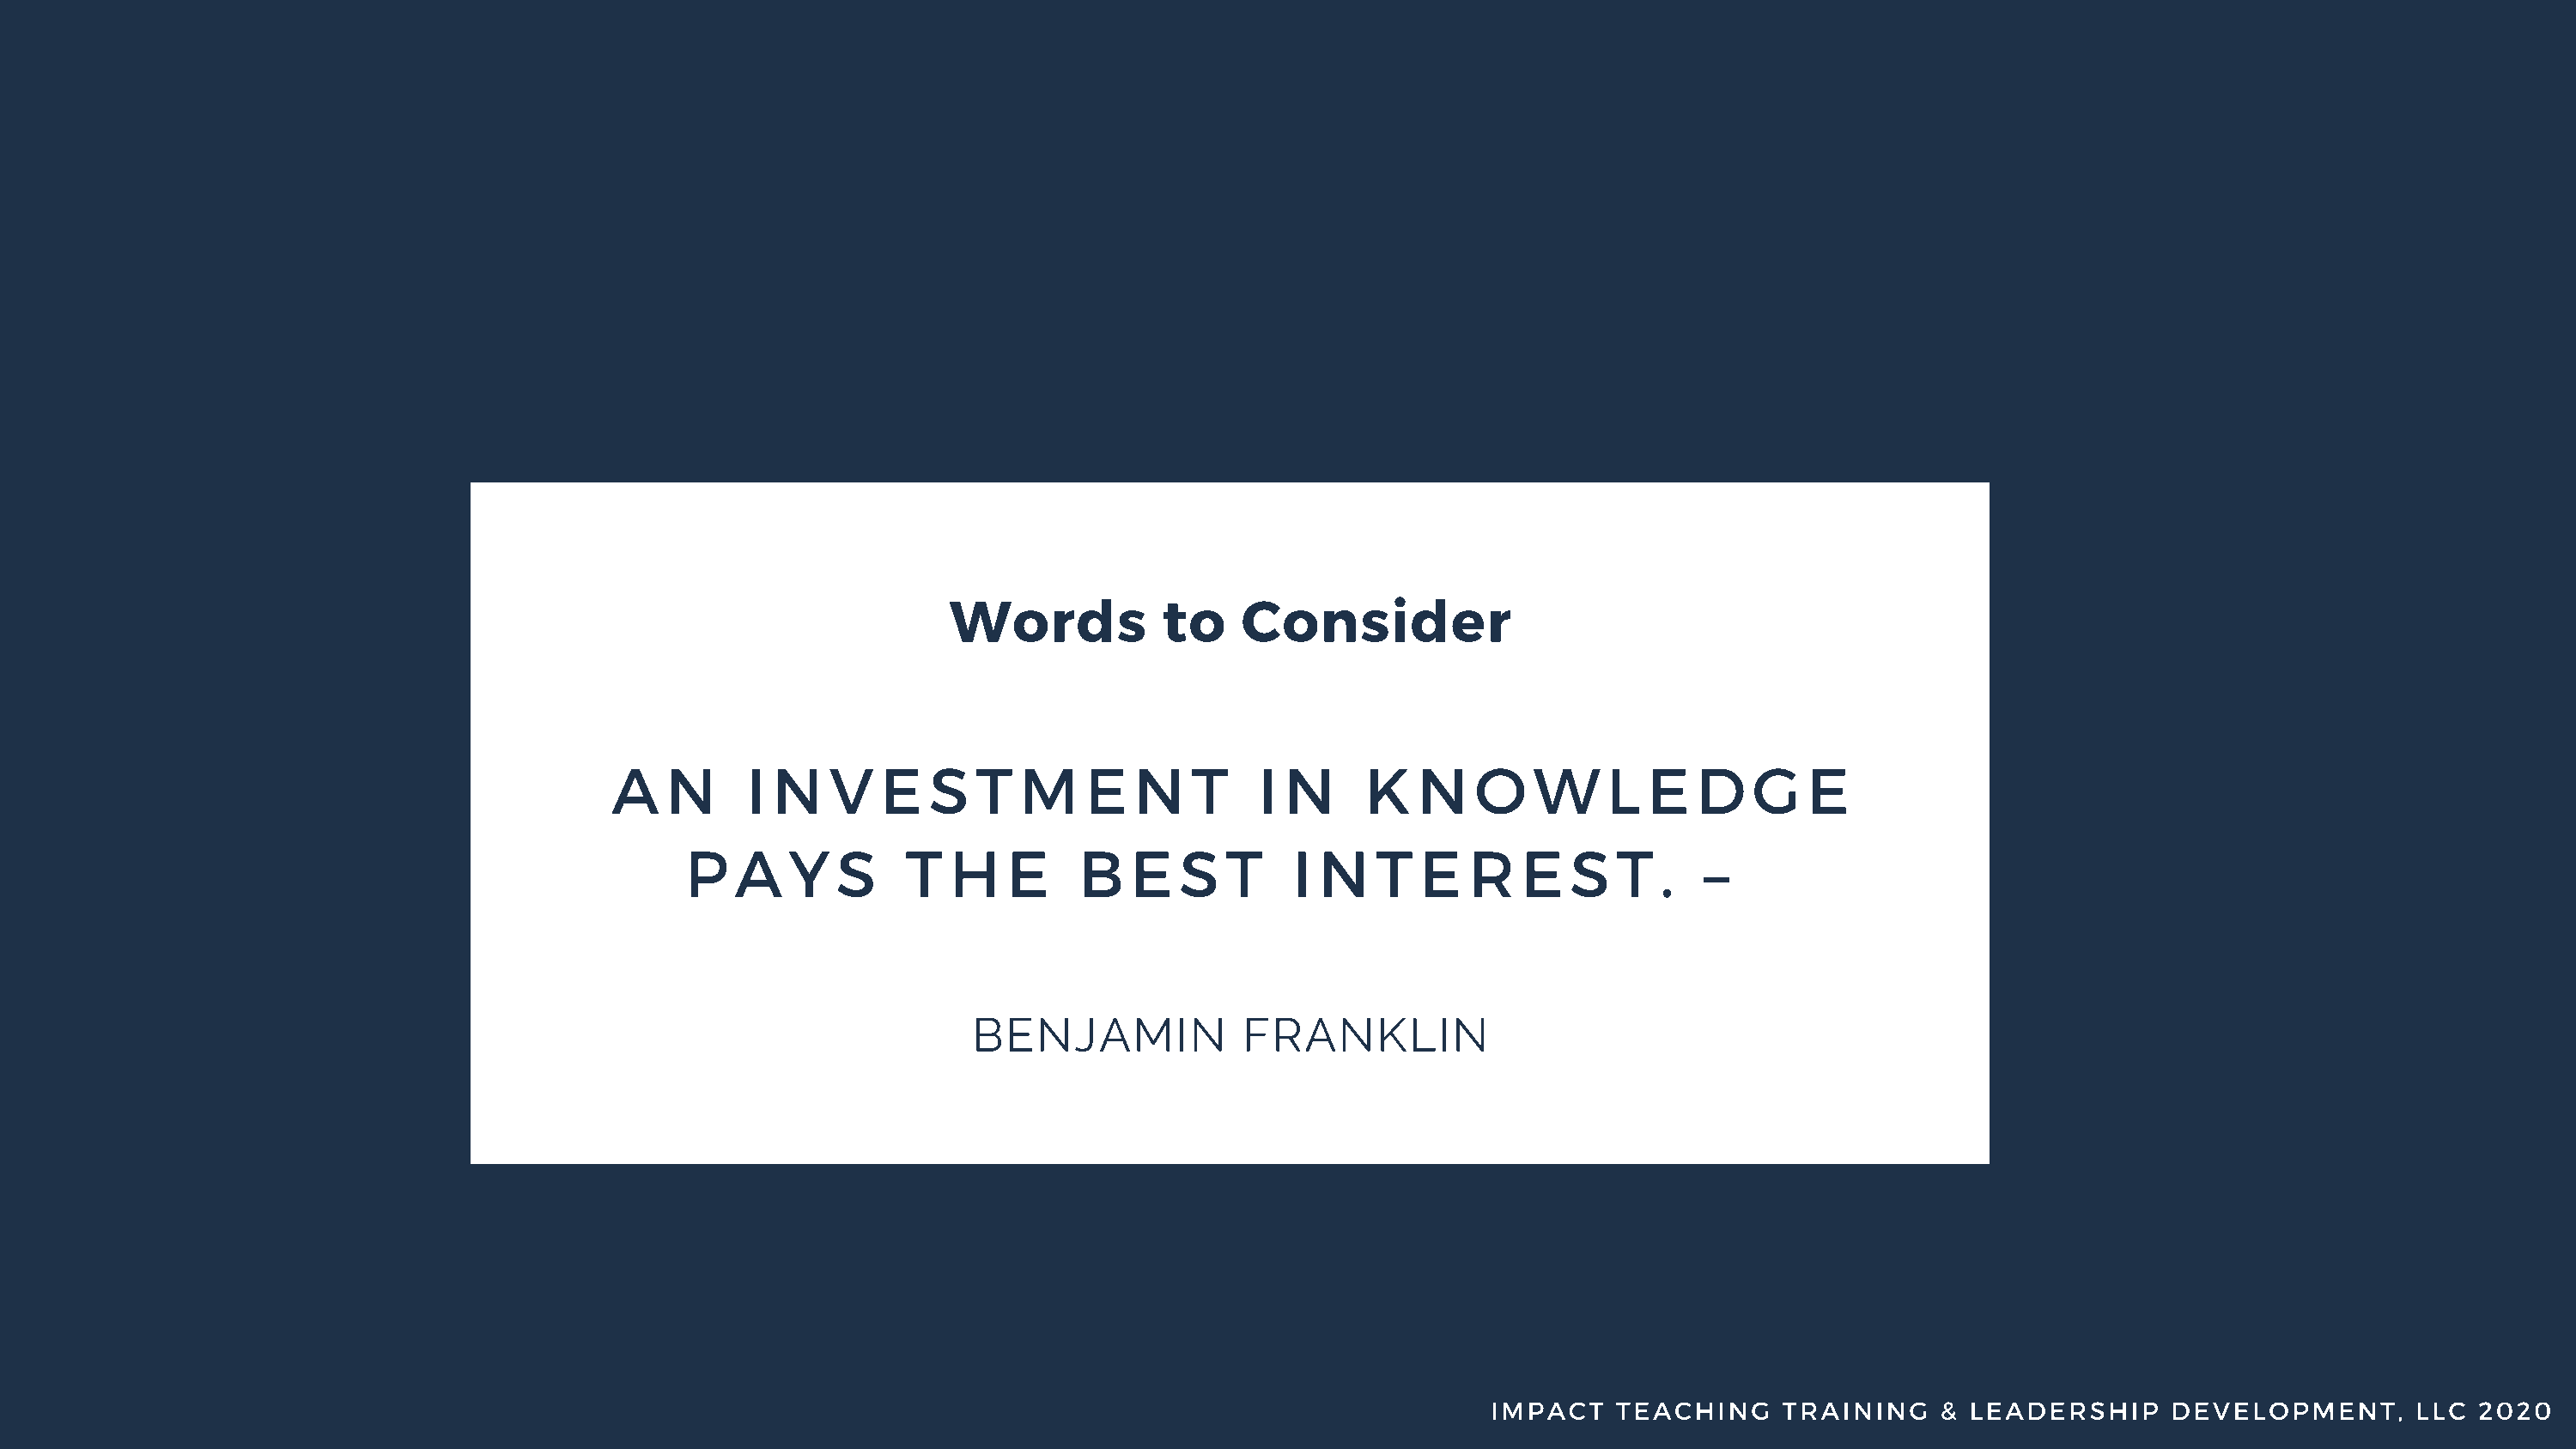
Words            to    Consider
 A   N      I N   V   E   S  T   M    E  N    T    I N     K   N    O   W     L  E   D   G   E
 P   A   Y  S     T  H    E    B   E   S  T     I N   T  E   R   E   S   T  .  –
 BENJAMIN             FRANKLIN
 IMPACT    TEACHING    TRAINING     & LEADERSHIP     DEVELOPMENT,       LLC  2020